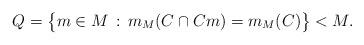
LaTeX: \begin{align*}Q = \big\{ m \in M \, : \, m_M(C \cap Cm) = m_M(C) \big\} < M.\end{align*}